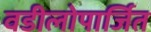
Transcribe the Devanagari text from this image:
वडीलोपार्जित